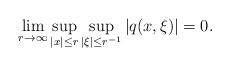
LaTeX: \begin{align*}\lim_{r \to \infty} \sup_{|x| \leq r} \sup_{|\xi| \leq r^{-1}} |q(x,\xi)| = 0. \end{align*}